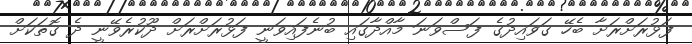
ފަޅުރަށްރަށާ ބެހޭ ގަވައިދުގެ ފަސްވަނަ މާއްދާގައި ބުނެފައިވަނީ ފަޅުރަށްރަށް ދޫކުރެވޭނީ ދެ ގޮތަކަށް